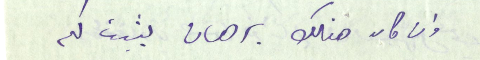
وان كان هنالك برهان يثبت لكم